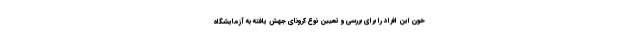
خون این افراد را برای بررسی و تعیین نوع کرونای جهش یافته به آزمایشگاه